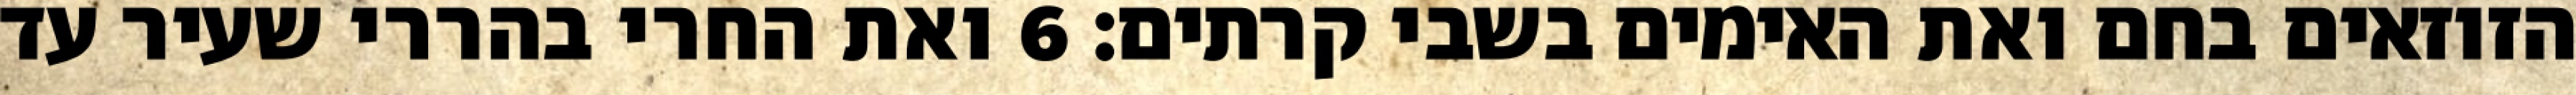
הזוזאים בחם ואת האימים בשבי קרתים׃ ‎6‏ ואת החרי בהררי שעיר עד